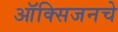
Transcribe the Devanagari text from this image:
ऑक्‍सिजनचे